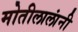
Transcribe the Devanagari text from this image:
मोतीलालांनी